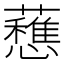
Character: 𧄄